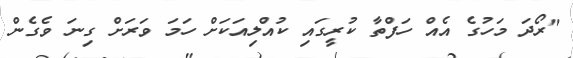
"ރޯދަ މަހުގެ އެއް ހަފްތާ ކުރީގައި ކުއްލިއަކަށް ހަމަ ވަރަށް ގިނަ ވެގެން